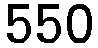
550